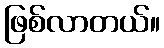
ဖြစ်လာတယ်။